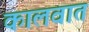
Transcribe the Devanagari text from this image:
कालवात